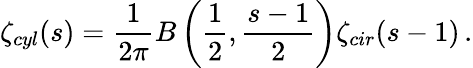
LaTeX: \zeta_{cyl}(s)=\frac{1}{2\pi}B\left(\frac{1}{2},\frac{s-1}{2}\right)\zeta_{cir}(s-1)\, {.}